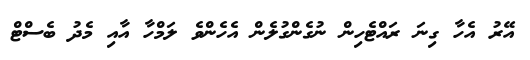
އޭރު އެހާ ގިނަ ރައްޓެހިން ނުގެންގުލެން އެހެންވެ ލަމްހާ އާއި މެދު ބެސްޓް